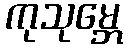
ကုသုမ္ဘေ